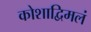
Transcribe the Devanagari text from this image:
कोशाद्विमलं